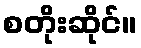
စတိုးဆိုင်။